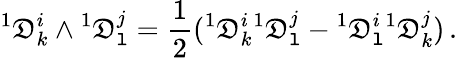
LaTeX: {}^{1}\mathfrak{D}_{k}^{i}\wedge{}^{1}\mathfrak{D}_{\mathtt{l}}^{j}=\frac{{1}}{{2}}({}^{1}\mathfrak{D}_{k}^{i}{}^{1}\mathfrak{D}_{\mathtt{l}}^{j}-{}^{1}\mathfrak{D}_{\mathtt{l}}^{i}{}^{1}\mathfrak{D}_{k}^{j})\, .